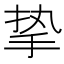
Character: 挚